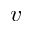
\boldsymbol { v }